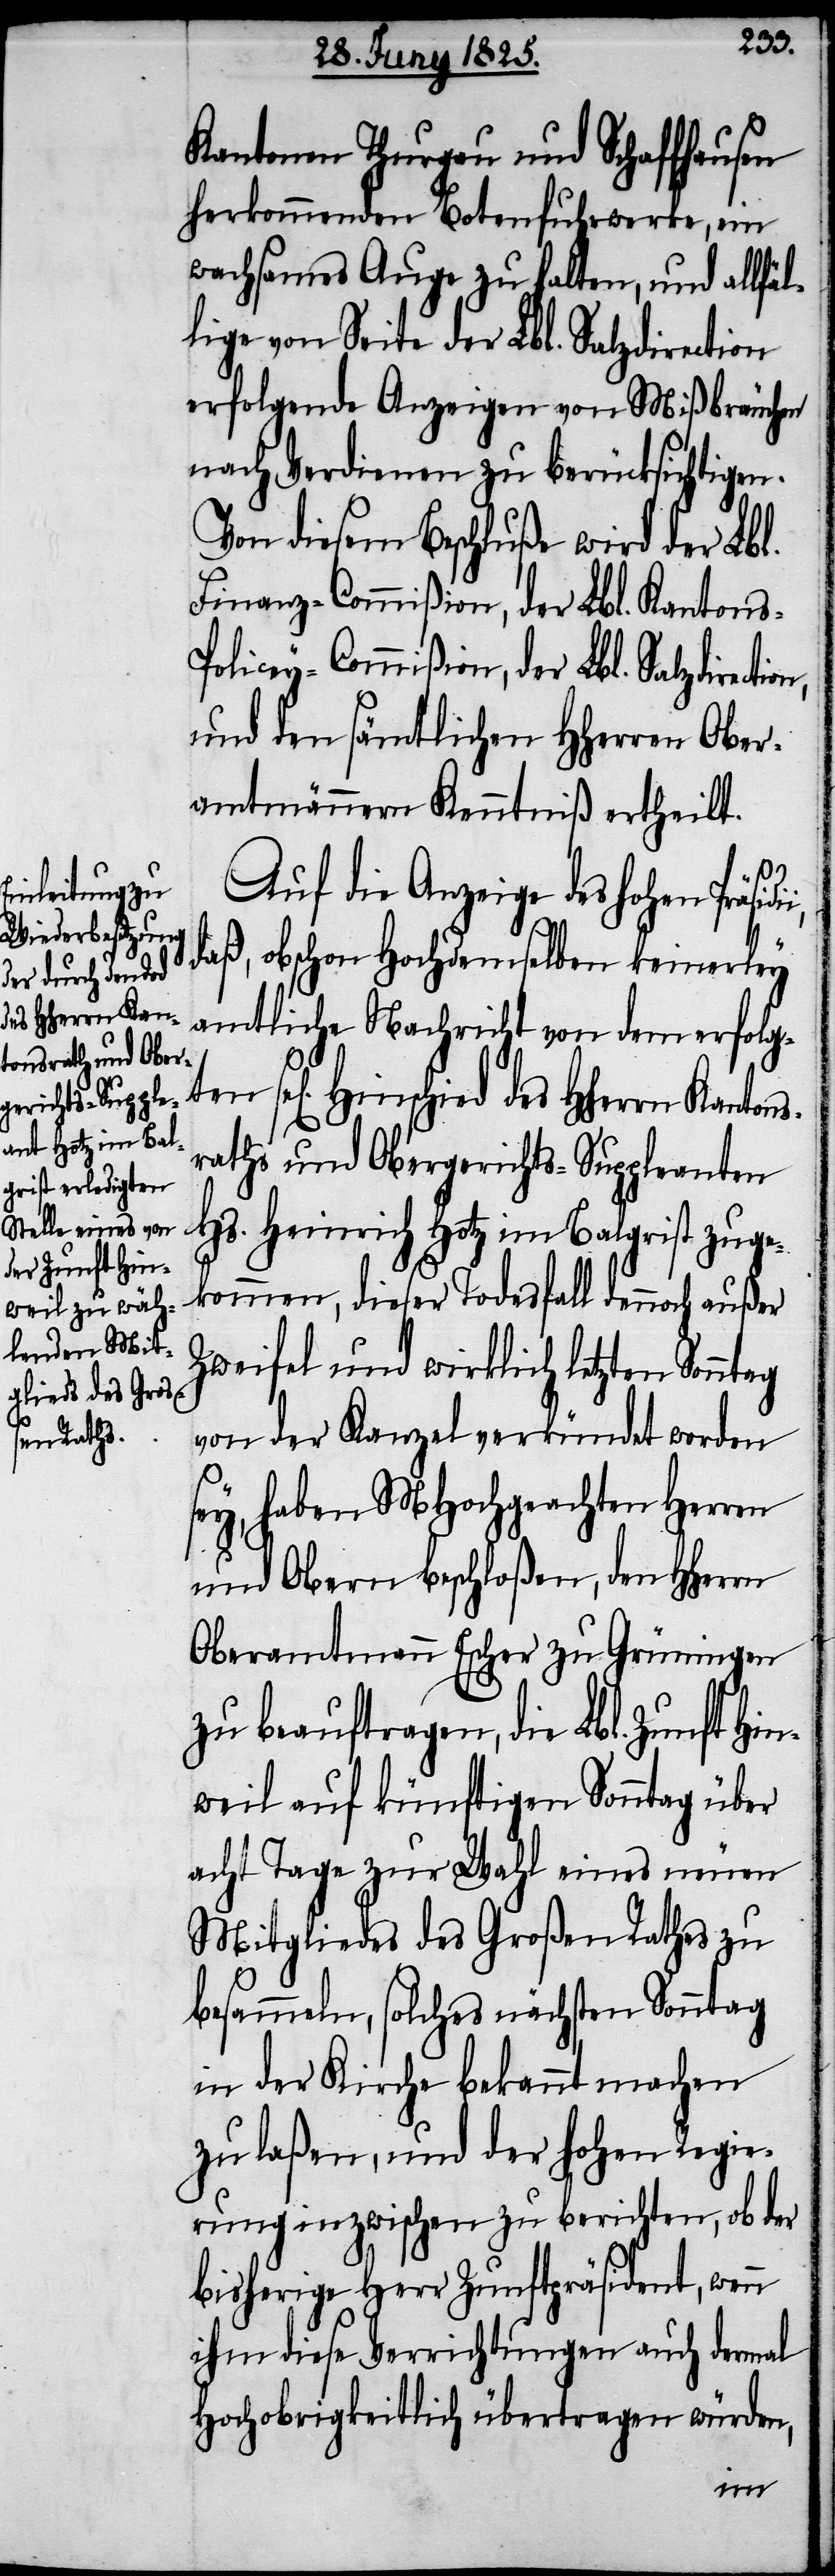
des HHerrn Kan¬

Kantonen Thurgau und Schaffhausen
herkommenden Botenfuhrwerke, ein
wachsames Auge zu halten, und allfäl¬
lige von Seite der Lbl. Salzdirection
erfolgende Anzeigen von Mißbräuchen
nach Verdienen zu berücksichtigen.
Von diesem Beschluße wird der Lbl.
Finanz-Commißion, der Lbl. Kantons-P¬
olicey-Commißion, der Lbl. Salzdirect¬
und den sämtlichen HHerren Ober¬
amtmännern Kenntniß ertheilt.
Auf die Anzeige des hohen Präsi¬
daß, obschon Hochdemselben keinerley
amtliche Nachricht von dem erfolgt¬
raths und Obergerichts-Suppleanten
Hs. Heinrich Hotz im Balgrist zuge¬
kommen, dieser Todesfall dennoch außer
Zweifel und wirklich letzten Sonntag
von der Kanzel verkündet worden
sey, haben MHochgeachten Herren
und Obern beschloßen, den HHerrn
Oberamtmann Escher zu Grüningen
zu beauftragen, die Lbl. Zunft H¬
weil auf künftigen Sonntag über
acht Tage zur Wahl eines neuen
Mitgliedes des Großen Rathes zu
besammeln, solches nächsten Sonntag
in der Kirche bekannt zu machen
zu laßen, und der hohen Regie¬
rung inzwischen zu berichten, ob der
bisherige Herr Zunftpräsident, wenn
ihm diese Verrichtungen auch dermal
Hochobrigkeitlich übertragen würden,
in¬